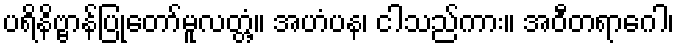
ပရိနိဗ္ဗာန်ပြုတော်မူလတ္တံ့။ အဟံပန၊ ငါသည်ကား။ အဝီတရာဂေါ၊